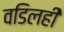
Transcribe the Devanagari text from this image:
वडिलही